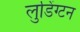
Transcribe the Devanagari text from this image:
लुडिंग्टन